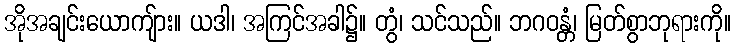
အိုအချင်းယောကျ်ား။ ယဒါ၊ အကြင်အခါ၌။ တွံ၊ သင်သည်။ ဘဂဝန္တံ၊ မြတ်စွာဘုရားကို။